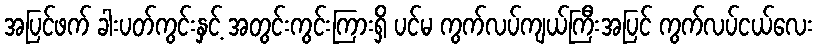
အပြင်ဖက် ခါးပတ်ကွင်းနှင့် အတွင်းကွင်းကြားရှိ ပင်မ ကွက်လပ်ကျယ်ကြီးအပြင် ကွက်လပ်ငယ်လေး